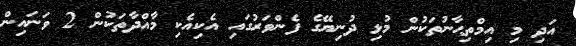
އަދި މި އިމްތިޙާނުތަކުން މުޅި ދުނިޔޭގެ ފެންވަރުގައި އެކިއެކި މާއްދާތަކުން 2 ވަނައިން